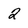
Character: 2